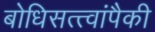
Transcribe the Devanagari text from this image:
बोधिसत्त्वांपैकी